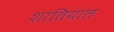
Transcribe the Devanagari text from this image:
शातियाल